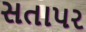
સતાપર